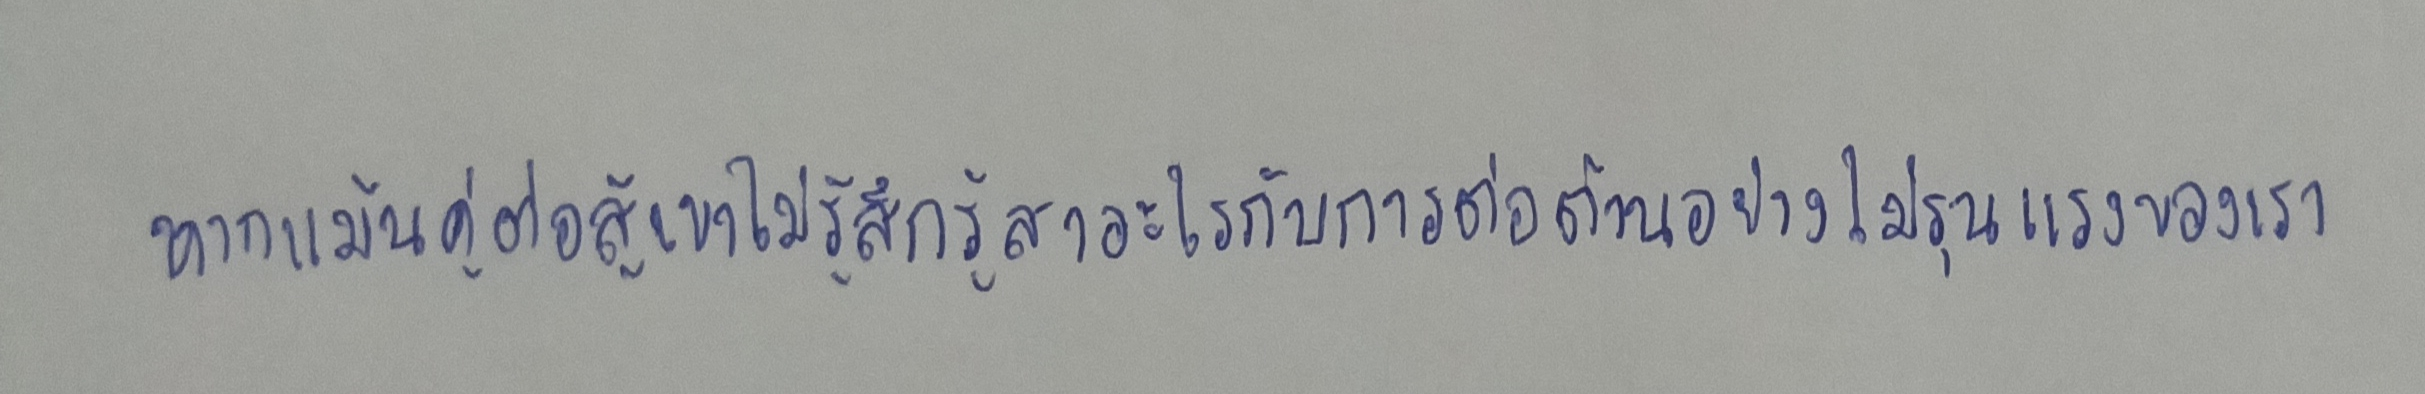
หากแม้นคู่ต่อสู้เขาไม่รู้สึกรู้สาอะไรกับการต่อต้านอย่างไม่รุนแรงของเรา